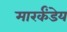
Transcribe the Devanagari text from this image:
मारर्कंडेय